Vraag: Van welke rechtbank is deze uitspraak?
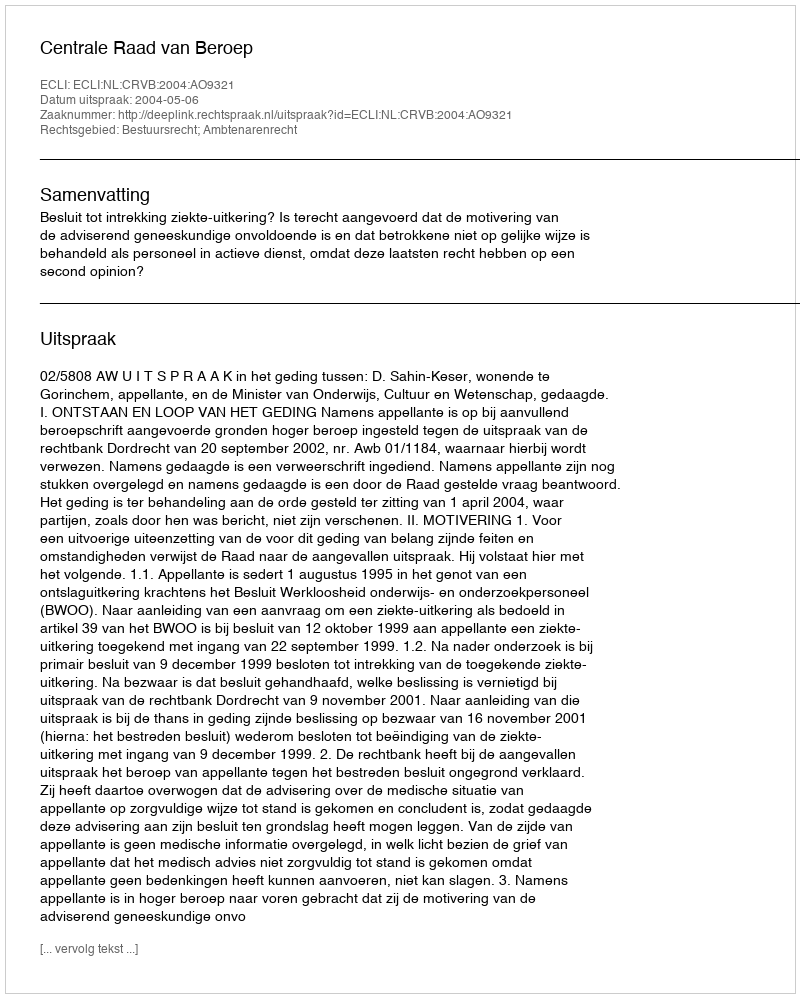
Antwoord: Centrale Raad van Beroep